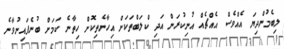
ލިބެމުންދިޔަ އެއްވެސް އެއްޗެއް އުނިކުރަން އަދި ކްލަބްތަކަށް އިހާނެތިކޮށް ހިތާނެ ކަމަށް ބުނެފައިނުވާނެ